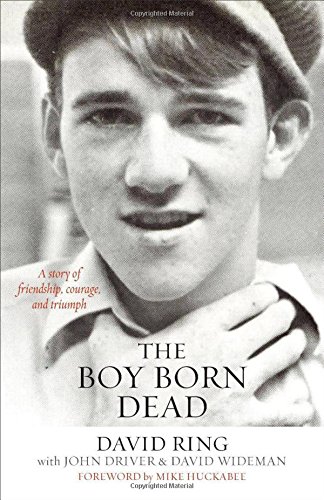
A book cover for The Boy Born Dead: A Story of Friendship, Courage, and Triumph; David Ring; Biographies & Memoirs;